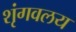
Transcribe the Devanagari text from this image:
शृंगवलय